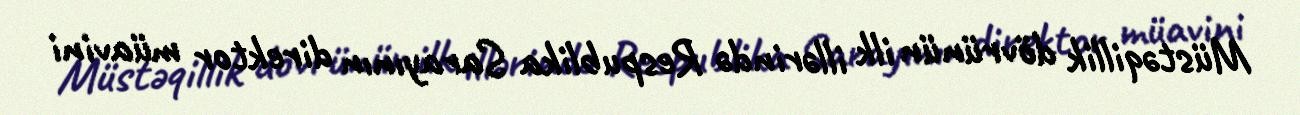
Müstəqillik dövrünün ilk illərində Respublika Sarayının direktor müavini